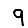
Digit: 9